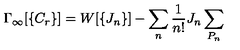
\Gamma _ { \infty } [ \{ C _ { r } \} ] = W [ \{ J _ { n } \} ] - \sum _ { n } { \frac { 1 } { n ! } } J _ { n } \sum _ { P _ { n } }